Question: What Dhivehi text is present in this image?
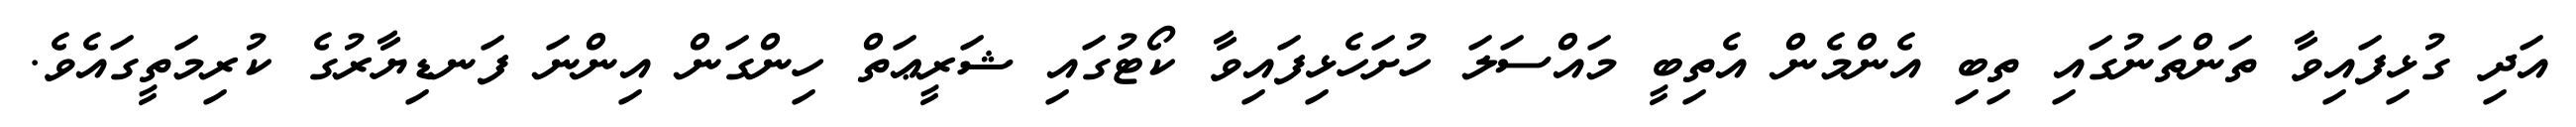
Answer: އަދި ގުޅިފައިވާ ތަންތަނުގައި ތިބި އެންމެން އެތިބީ މައްސަލަ ހުށަހެޅިފައިވާ ކޯޓުގައި ޝަރީޢަތް ހިންގަން އިންނަ ފަނޑިޔާރުގެ ކުރިމަތީގައެވެ.